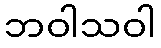
ဘဝါသဝါ